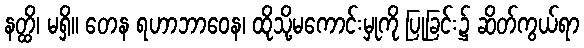
နတ္ထိ၊ မရှိ။ တေန ရဟာဘာဝေန၊ ထိုသို့မကောင်းမှုကို ပြုခြင်း၌ ဆိတ်ကွယ်ရာ